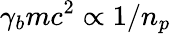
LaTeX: \gamma_{b}mc^{2}\propto 1/n_{p}